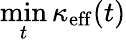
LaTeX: \operatorname*{min}_{t}\kappa_{\mathrm{eff}}(t)